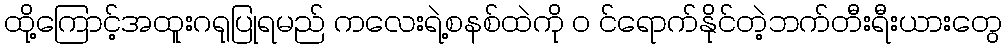
ထို့ကြောင့်အထူးဂရုပြုရမည် ကလေးရဲ့စနစ်ထဲကို ၀ င်ရောက်နိုင်တဲ့ဘက်တီးရီးယားတွေ